Indian journal of veterinary science and animal husbandry - Volume 12,
Year: 1942
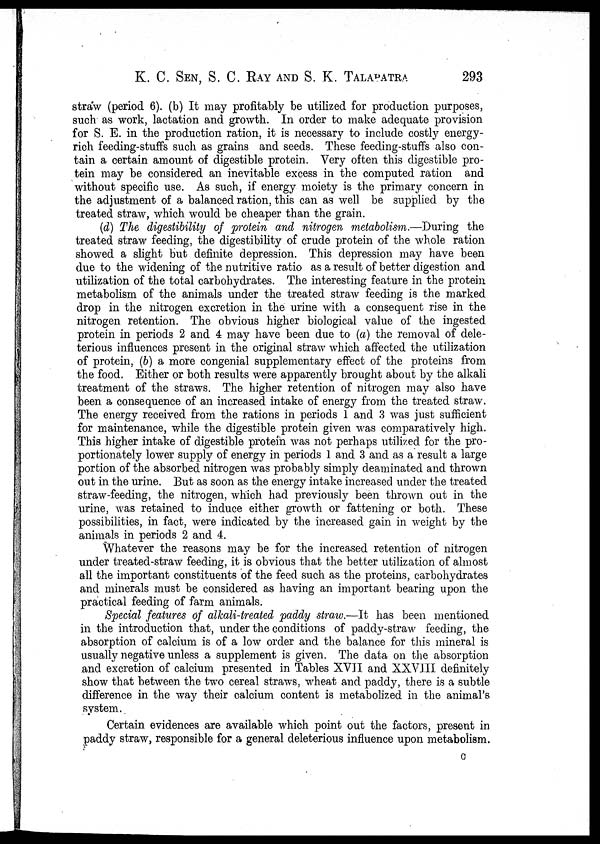
K. C. SEN, S. C. RAY AND S. K. TALAPATRA 293
straw (period 6). (b) It may profitably be utilized for production purposes,
such as work, lactation and growth. In order to make adequate provision
for S. E. in the production ration, it is necessary to include costly energy-
rich feeding-stuffs such as grains and seeds. These feeding-stuffs also con-
tain a certain amount of digestible protein. Very often this digestible pro-
tein may be considered an inevitable excess in the computed ration and
without specific use. As such, if energy moiety is the primary concern in
the adjustment of a balanced ration, this can as well be supplied by the
treated straw, which would be cheaper than the grain.
(d) The digestibility of protein and nitrogen metabolism.—During the
treated straw feeding, the digestibility of crude protein of the whole ration
showed a slight but definite depression. This depression may have been
due to the widening of the nutritive ratio as a result of better digestion and
utilization of the total carbohydrates. The interesting feature in the protein
metabolism of the animals under the treated straw feeding is the marked
drop in the nitrogen excretion in the urine with a consequent rise in the
nitrogen retention. The obvious higher biological value of the ingested
protein in periods 2 and 4 may have been due to (a) the removal of dele-
terious influences present in the original straw which affected the utilization
of protein, (b) a more congenial supplementary effect of the proteins from
the food. Either or both results were apparently brought about by the alkali
treatment of the straws. The higher retention of nitrogen may also have
been a consequence of an increased intake of energy from the treated straw.
The energy received from the rations in periods 1 and 3 was just sufficient
for maintenance, while the digestible protein given was comparatively high.
This higher intake of digestible protein was not perhaps utilized for the pro-
portionately lower supply of energy in periods 1 and 3 and as a result a large
portion of the absorbed nitrogen was probably simply deaminated and thrown
out in the urine. But as soon as the energy intake increased under the treated
straw-feeding, the nitrogen, which had previously been thrown out in the
urine, was retained to induce either growth or fattening or both. These
possibilities, in fact, were indicated by the increased gain in weight by the
animals in periods 2 and 4.
Whatever the reasons may be for the increased retention of nitrogen
under treated-straw feeding, it is obvious that the better utilization of almost
all the important constituents of the feed such as the proteins, carbohydrates
and minerals must be considered as having an important bearing upon the
practical feeding of farm animals.
Special features of alkali-treated paddy straw.—It has been mentioned
in the introduction that, under the conditions of paddy-straw feeding, the
absorption of calcium is of a low order and the balance for this mineral is
usually negative unless a supplement is given. The data on the absorption
and excretion of calcium presented in Tables XVII and XXVIII definitely
show that between the two cereal straws, wheat and paddy, there is a subtle
difference in the way their calcium content is metabolized in the animal's
system.
Certain evidences are available which point out the factors, present in
paddy straw, responsible for a general deleterious influence upon metabolism.
C